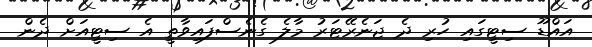
އައްޑޫ ސިޓީގައި ހުރި ދެ ޖަނެރޭޓަރު މާލެ ގެނެސްފައިވާތީ އެ ސިޓީއަށް ދެން